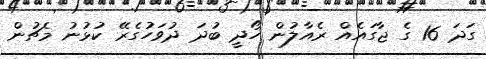
ގަދަ 16 ގެ ޖާގައެއް ރެއާލުން ހޯދީ ބުދަ ދުވަހުގެރޭ ކުޅުނު މެޗުން